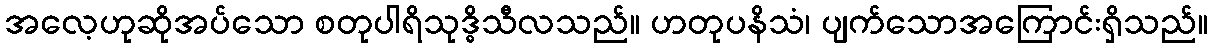
အလေ့ဟုဆိုအပ်သော စတုပါရိသုဒ္ဓိသီလသည်။ ဟတုပနိသံ၊ ပျက်သောအကြောင်းရှိသည်။